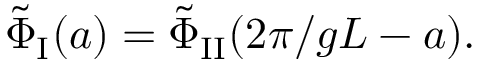
\tilde { \Phi } _ { \mathrm { I } } ( a ) = \tilde { \Phi } _ { \mathrm { I I } } ( 2 \pi / g L - a ) .